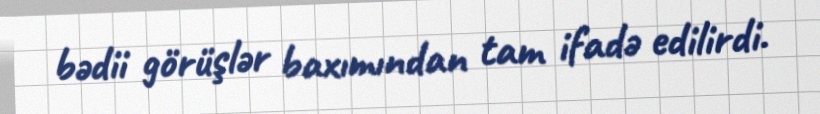
bədii görüşlər baxımından tam ifadə edilirdi.